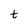
Character: t